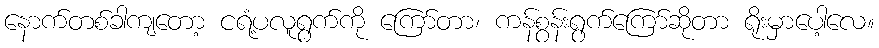
နောက်တစ်ခါကျတော့ ငရံ့ပလူရွက်ကို ကြော်တာ၊ ကန်စွန်းရွက်ကြော်ဆိုတာ ရိုးမှာပေါ့လေ။